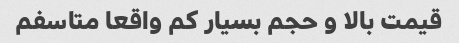
قیمت بالا و حجم بسیار کم واقعا متاسفم